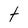
Character: t